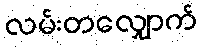
လမ်းတလျှောက်